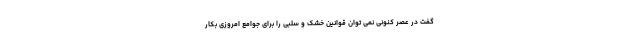
گفت در عصر کنونی نمی توان قوانین خشک و سلبی را برای جوامع امروزی بکار